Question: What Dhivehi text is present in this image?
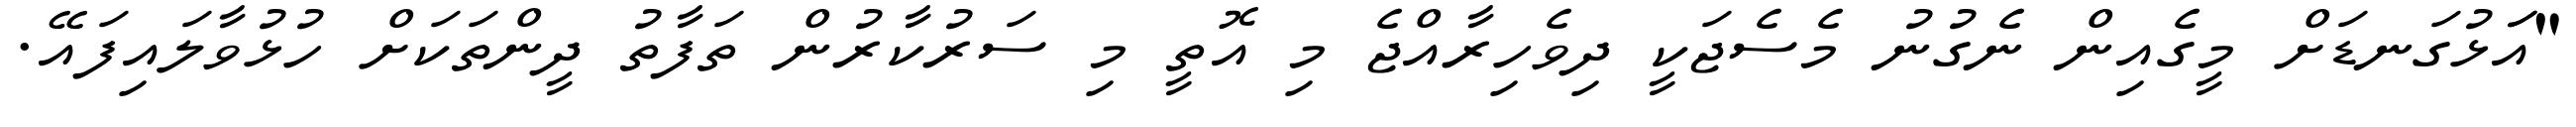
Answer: "އަަޅުގަނޑަށް މީގެއިން ނެގުނު މެސެޖަކީ ދިވެހިރާއްޖެ މި އޮތީ މި ސަރުކާރުން ތަފާތު ދީންތަކަށް ހުޅުވާލައިފައޭ.